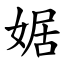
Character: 婮